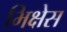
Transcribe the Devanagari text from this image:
भिक्षेस